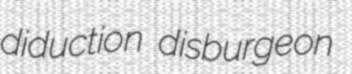
diduction disburgeon